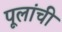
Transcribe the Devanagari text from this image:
पूलांची